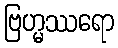
ဗြဟ္မဿရော